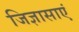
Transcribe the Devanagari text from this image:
जिज्ञासाएं